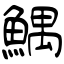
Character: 鰅